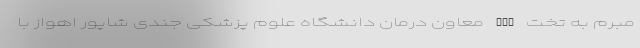
مبرم به تخت ICU معاون درمان دانشگاه علوم پزشکی جندی شاپور اهواز با